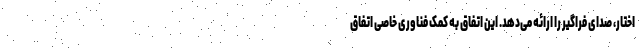
اختار، صدای فراگیر را ارائه می‌دهد. این اتفاق به کمک فناوری خاصی اتفاق